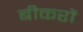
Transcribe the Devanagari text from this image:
बीकरों